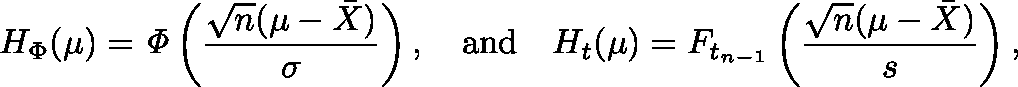
H _ { \Phi } ( \mu ) = { \mathit { \Phi } } \left( { \frac { { \sqrt { n } } ( \mu - { \bar { X } } ) } { \sigma } } \right) , \quad { \mathrm { a n d } } \quad H _ { t } ( \mu ) = F _ { t _ { n - 1 } } \left( { \frac { { \sqrt { n } } ( \mu - { \bar { X } } ) } { s } } \right) ,